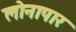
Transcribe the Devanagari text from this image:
लोनापार